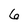
Character: 6